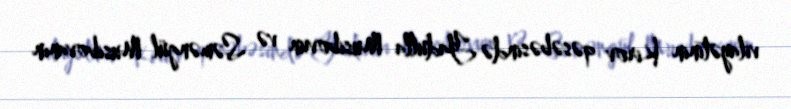
vilayətinin Kirov qəsəbəsində Yadulla Musibovun və Səməngül Musibovanın